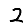
Digit: 2